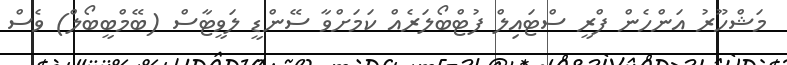
މަޝްހޫރު އަންހެން ފްރީ ސްޓައިލް ފުޓްބޯލަރެއް ކަމަށްވާ ސޭންޑީ ލަވީޓާސް (ބޭމްބީބޯލް) ވެސް